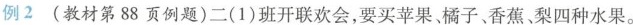
例2(教材第88页例题)二(1)班开联欢会，要买苹果、橘子、香蕉、梨四种水果。